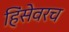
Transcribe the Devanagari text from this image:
हिंसेवरच